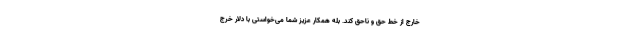
خارج از خط حق و ناحق کند. بله همکار عزیز شما می‌خواستی با دلار خرج